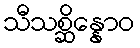
သီသစ္ဆိန္နောဝ